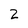
Character: 2